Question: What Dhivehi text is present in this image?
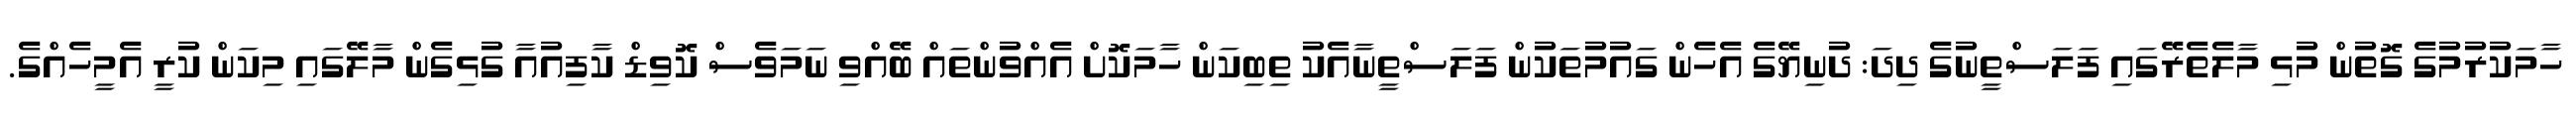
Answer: ހާމަކުރުމުގެ ގޮތުން މުޅި މާލެތެރޭގައި ފަލަސްތީނުގެ ދިދަ: ދުނިޔޭގެ އެހެން ގައުމުތަކުން ފަލަސްތީނާއެކު ތިބިކަން ހާމަކޮށް އެއްވުންތައް ބޭއްވި ނަމަވެސް ކޮވިޑް ކާފިއުއާ ގުޅިގެން މާލޭގައި މިކަން ކުރީ އެމީހެއްގެ.